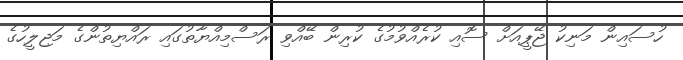
ހުސައިން މަނިކު ޖޭޕީއަށް ސޮއި ކުރެއްވުމުގެ ކުރިން ބޭއްވި ރަސްމިއްޔާތުގައި ރައްޔިތުންގެ މަޖިލީހުގެ